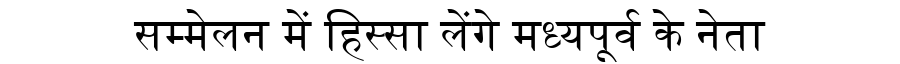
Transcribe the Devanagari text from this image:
सम्मेलन में हिस्सा लेंगे मध्यपूर्व के नेता